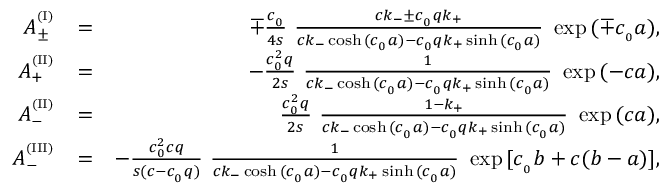
\begin{array} { r l r } { A _ { \pm } ^ { ^ { ( \mathrm { I } ) } } } & { = } & { \mp \frac { c _ { _ 0 } } { 4 s } \ \frac { c k _ { - } \pm c _ { _ 0 } q k _ { + } } { c k _ { - } \cosh { ( c _ { _ 0 } a ) } - c _ { _ 0 } q k _ { + } \sinh { ( c _ { _ 0 } a ) } } \ \exp { ( \mp c _ { _ 0 } a ) } , } \\ { A _ { + } ^ { ^ { ( \mathrm { I I } ) } } } & { = } & { - \frac { c _ { _ 0 } ^ { 2 } q } { 2 s } \ \frac { 1 } { c k _ { - } \cosh { ( c _ { _ 0 } a ) } - c _ { _ 0 } q k _ { + } \sinh { ( c _ { _ 0 } a ) } } \ \exp { ( - c a ) } , } \\ { A _ { - } ^ { ^ { ( \mathrm { I I } ) } } } & { = } & { \frac { c _ { _ 0 } ^ { 2 } q } { 2 s } \ \frac { 1 - k _ { + } } { c k _ { - } \cosh { ( c _ { _ 0 } a ) } - c _ { _ 0 } q k _ { + } \sinh { ( c _ { _ 0 } a ) } } \ \exp { ( c a ) } , } \\ { A _ { - } ^ { ^ { ( \mathrm { I I I } ) } } } & { = } & { - \frac { c _ { _ 0 } ^ { 2 } c q } { s ( c - c _ { _ 0 } q ) } \ \frac { 1 } { c k _ { - } \cosh { ( c _ { _ 0 } a ) } - c _ { _ 0 } q k _ { + } \sinh { ( c _ { _ 0 } a ) } } \ \exp { [ c _ { _ 0 } b + c ( b - a ) ] } , } \end{array}